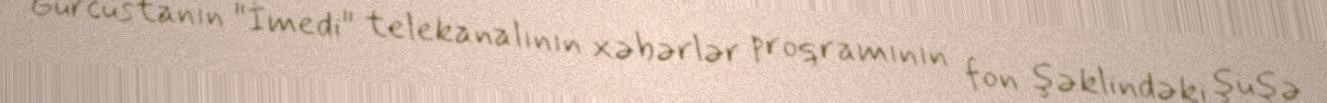
Gürcüstanın "İmedi" telekanalının xəbərlər proqramının fon şəklindəki şüşə